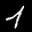
Label: 1